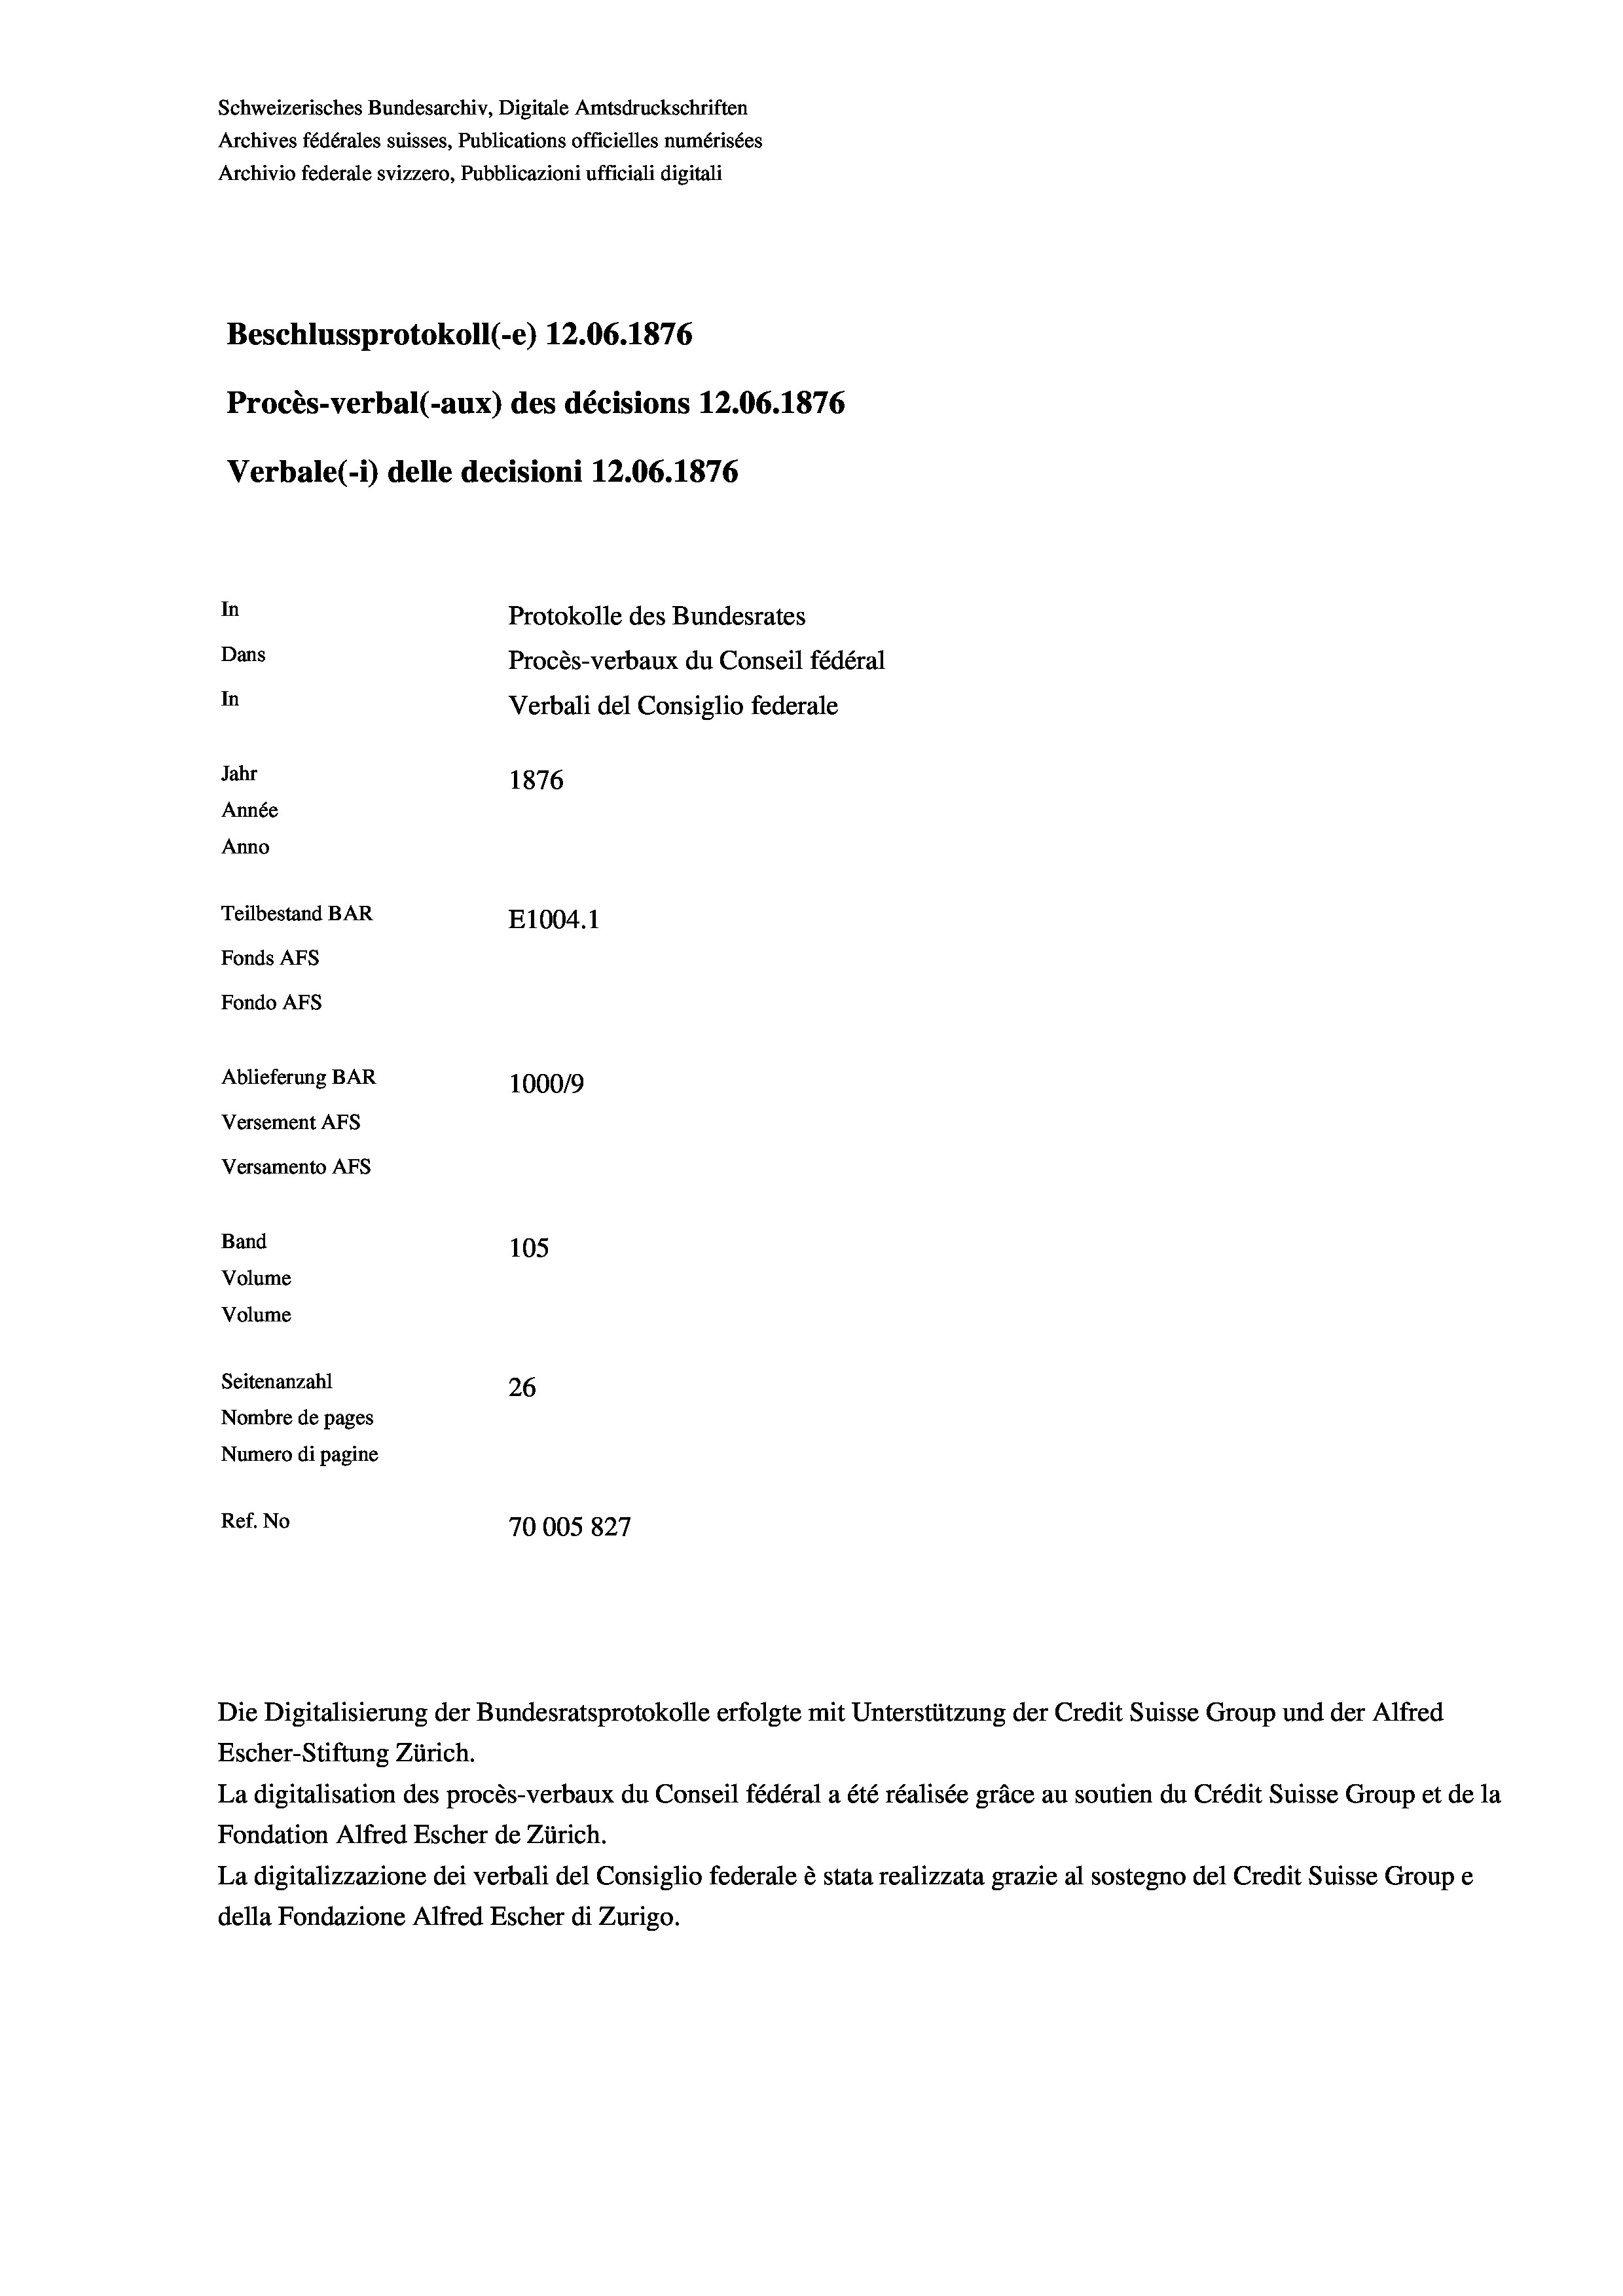
Schweizerisches Bundesarchiv, Digitale Amtsdruckschriften
Archives fédérales suisses, Publications officielles numérisées
Archivio federale svizzero, Pubblicazioni ufficiali digitali
Beschlussprotokoll (-e) 12.06. 1876
Procès-verbal (-aux) des décisions 12.06. 1876
Verbale(-*) delle decisioni 12.06. 1876
In
Protokolle des Bundesrates
Dans
Procès-verbaux du Conseil fédéral
In
Verbali del Consiglio federale
Jahr
1876
Année
Anno
Teilbestand BAR
E1004. 1
Fonds AFs
Fondo AFs
Ablieferung BAR
1000/9
Versement Abs
Versamento AFs
Band
105

Seitenanzahl
26
Nombre de pages
Numero di pagine
Ref. No
70005827

Volume
Volume

Escher-Stiftung Zürich.
La digitalisation des procès-verbaux du Conseil fédéral a été réalisée gräce au soutien du Crédit Suisse Group et de la
Fondation Alfred Escher de Zürich.
La digitalizzazione dei verbali del Consiglio federale è stata realizzata grazie al sostegno del Credit Suisse Groupe
della Fondazione Alfred Escher di Zurigo.

Die Digitalisierung der Bundesratsprotokolle erfolgte mit Unterstützung der Credit Suisse Group und der Alfred